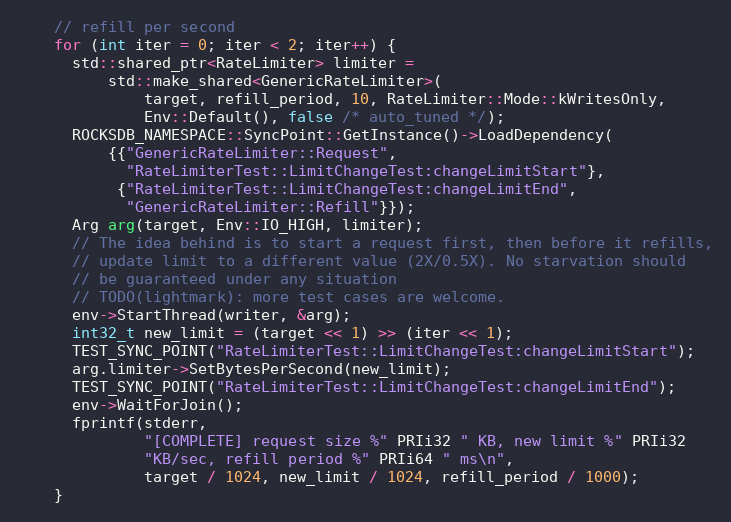
Language: C++
    // refill per second
    for (int iter = 0; iter < 2; iter++) {
      std::shared_ptr<RateLimiter> limiter =
          std::make_shared<GenericRateLimiter>(
              target, refill_period, 10, RateLimiter::Mode::kWritesOnly,
              Env::Default(), false /* auto_tuned */);
      ROCKSDB_NAMESPACE::SyncPoint::GetInstance()->LoadDependency(
          {{"GenericRateLimiter::Request",
            "RateLimiterTest::LimitChangeTest:changeLimitStart"},
           {"RateLimiterTest::LimitChangeTest:changeLimitEnd",
            "GenericRateLimiter::Refill"}});
      Arg arg(target, Env::IO_HIGH, limiter);
      // The idea behind is to start a request first, then before it refills,
      // update limit to a different value (2X/0.5X). No starvation should
      // be guaranteed under any situation
      // TODO(lightmark): more test cases are welcome.
      env->StartThread(writer, &arg);
      int32_t new_limit = (target << 1) >> (iter << 1);
      TEST_SYNC_POINT("RateLimiterTest::LimitChangeTest:changeLimitStart");
      arg.limiter->SetBytesPerSecond(new_limit);
      TEST_SYNC_POINT("RateLimiterTest::LimitChangeTest:changeLimitEnd");
      env->WaitForJoin();
      fprintf(stderr,
              "[COMPLETE] request size %" PRIi32 " KB, new limit %" PRIi32
              "KB/sec, refill period %" PRIi64 " ms\n",
              target / 1024, new_limit / 1024, refill_period / 1000);
    }